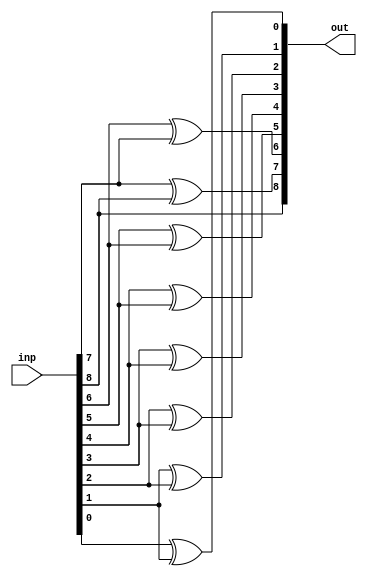
`timescale 1ns/1ps

module Lab_Assignment_2b(inp, out);
    input [8:0] inp;
    output reg [8:0] out;

  // inp[8] is the MSB
    always @(inp) begin
    out[8] <= inp[8];
    out[7] <= inp[7] ^ inp[8]; 
    out[6] <= inp[6] ^ inp[7];
    out[5] <= inp[5] ^ inp[6];
    out[4] <= inp[4] ^ inp[5];
    out[3] <= inp[3] ^ inp[4];
    out[2] <= inp[2] ^ inp[3];
    out[1] <= inp[1] ^ inp[2];
    out[0] <= inp[0] ^ inp[1];
    end
endmodule